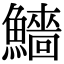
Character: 𩼒